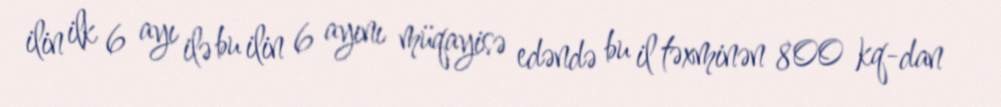
ilin ilk 6 ayı ilə bu ilin 6 ayını müqayisə edəndə bu il təxminən 800 kq-dan